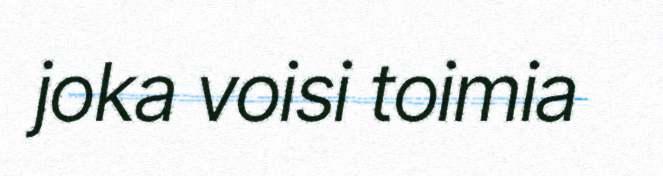
joka voisi toimia